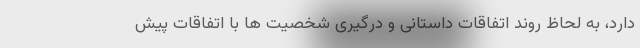
دارد، به لحاظ روند اتفاقات داستانی و درگیری شخصیت ها با اتفاقات پیش